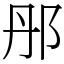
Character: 䢷